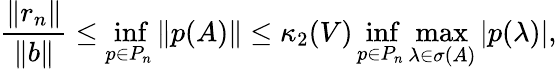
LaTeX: {\frac{\| r_{n}\| }{\| b\| }}\leq\operatorname*{inf}_{p\in P_{n}}\| p(A)\| \leq\kappa_{2}(V)\operatorname*{inf}_{p\in P_{n}}\operatorname*{max}_{\lambda\in\sigma(A)}|p(\lambda)|,